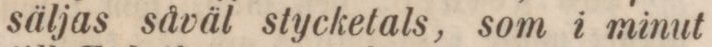
säljas såväl stycketals, som i minut